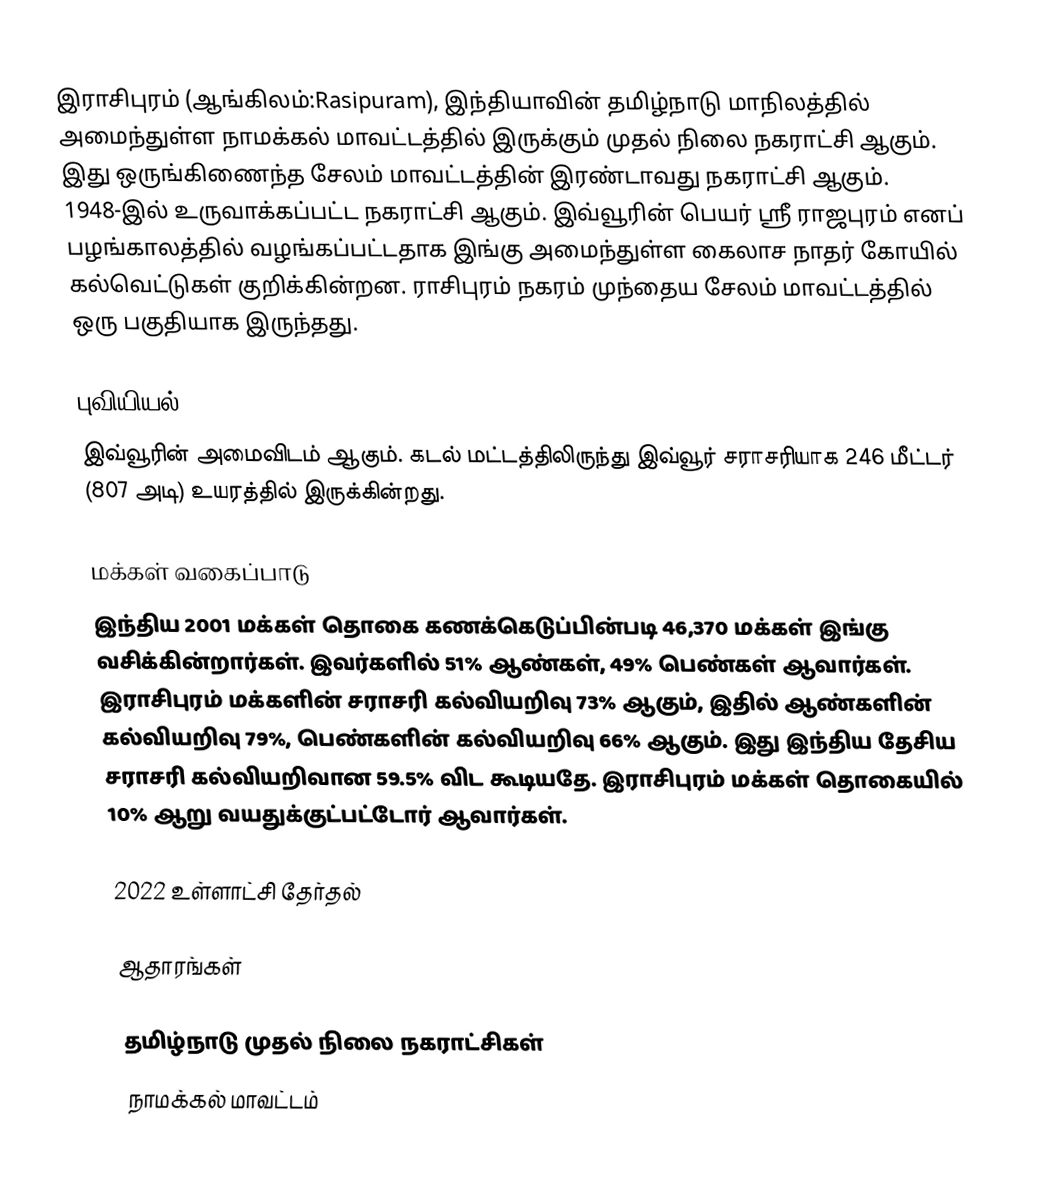
இராசிபுரம் (ஆங்கிலம்:Rasipuram), இந்தியாவின் தமிழ்நாடு மாநிலத்தில் அமைந்துள்ள நாமக்கல் மாவட்டத்தில் இருக்கும் முதல் நிலை நகராட்சி ஆகும். இது ஒருங்கிணைந்த சேலம் மாவட்டத்தின் இரண்டாவது நகராட்சி ஆகும். 1948-இல் உருவாக்கப்பட்ட நகராட்சி ஆகும். இவ்வூரின் பெயர் ஸ்ரீ ராஜபுரம் எனப் பழங்காலத்தில் வழங்கப்பட்டதாக இங்கு அமைந்துள்ள கைலாச நாதர் கோயில் கல்வெட்டுகள் குறிக்கின்றன. ராசிபுரம் நகரம் முந்தைய சேலம் மாவட்டத்தில் ஒரு பகுதியாக இருந்தது.

புவியியல்
இவ்வூரின் அமைவிடம்  ஆகும். கடல் மட்டத்திலிருந்து இவ்வூர் சராசரியாக 246 மீட்டர் (807 அடி) உயரத்தில் இருக்கின்றது.

மக்கள் வகைப்பாடு
இந்திய 2001 மக்கள் தொகை கணக்கெடுப்பின்படி 46,370 மக்கள் இங்கு வசிக்கின்றார்கள். இவர்களில் 51% ஆண்கள், 49% பெண்கள் ஆவார்கள். இராசிபுரம் மக்களின் சராசரி கல்வியறிவு 73% ஆகும், இதில் ஆண்களின் கல்வியறிவு 79%, பெண்களின் கல்வியறிவு 66% ஆகும். இது இந்திய தேசிய சராசரி கல்வியறிவான 59.5% விட கூடியதே. இராசிபுரம் மக்கள் தொகையில் 10% ஆறு வயதுக்குட்பட்டோர் ஆவார்கள்.

2022 உள்ளாட்சி தேர்தல்

ஆதாரங்கள்

தமிழ்நாடு முதல் நிலை நகராட்சிகள்
நாமக்கல் மாவட்டம்